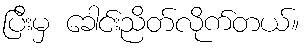
ပြီးမှ ခေါင်းညိတ်လိုက်တယ်။